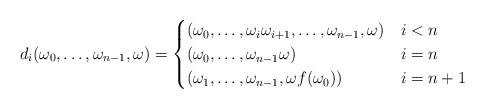
LaTeX: \begin{align*} d_i (\omega_0, \dots, \omega_{n-1}, \omega) = \begin{cases} (\omega_0, \dots, \omega_i \omega_{i+1}, \dots, \omega_{n-1}, \omega) & i < n \\ (\omega_0, \dots, \omega_{n-1} \omega) & i = n \\ (\omega_1, \dots, \omega_{n-1}, \omega f(\omega_0)) & i = n+1 \end{cases} \end{align*}